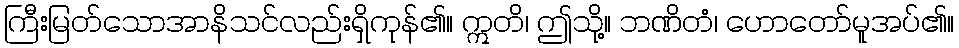
ကြီးမြတ်သောအာနိသင်လည်းရှိကုန်၏။ ဣတိ၊ ဤသို့။ ဘဏိတံ၊ ဟောတော်မူအပ်၏။